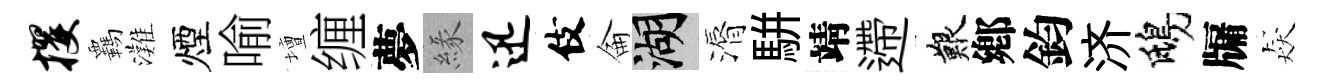
攫覊灘煙喻壇缠夢緣迅伎侖湖漘駢靖遰艱鄕鈞济鴟牖猋